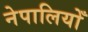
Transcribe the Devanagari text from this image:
नेपालियोँ